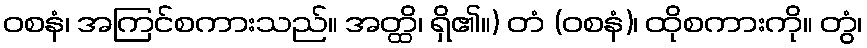
ဝစနံ၊ အကြင်စကားသည်။ အတ္ထိ၊ ရှိ၏။) တံ (ဝစနံ)၊ ထိုစကားကို။ တွံ၊